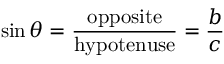
\sin \theta = { \frac { \mathrm { o p p o s i t e } } { \mathrm { h y p o t e n u s e } } } = { \frac { b } { c } }